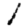
Digit: 1